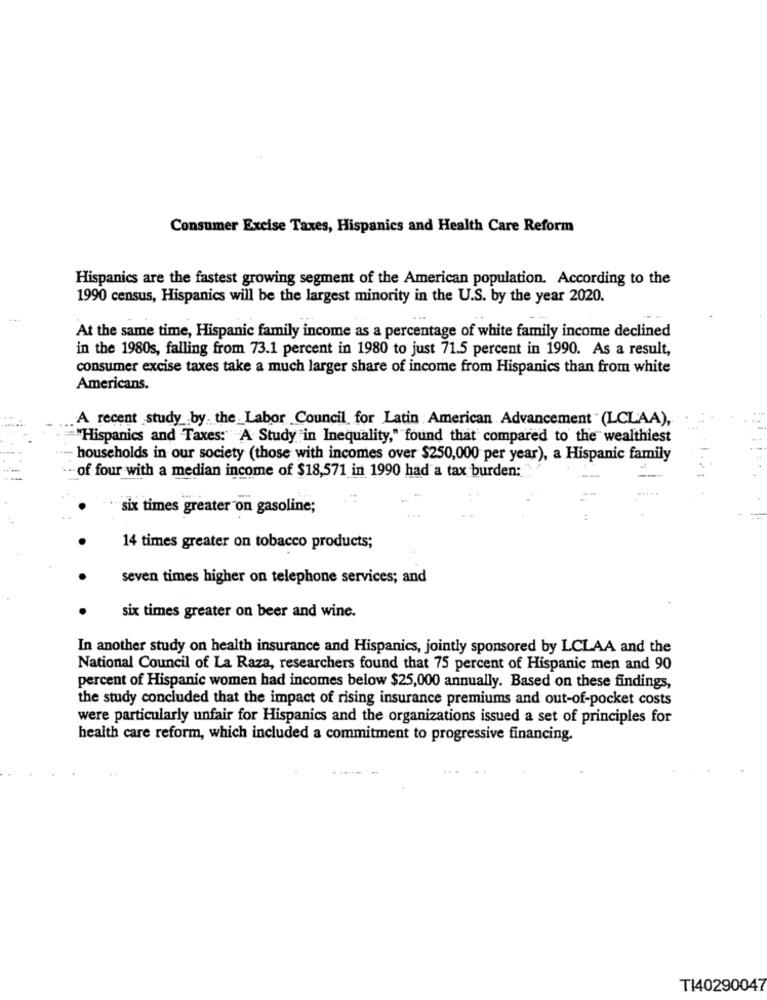
Consumer Excise Taxes, Hispanics and Health Care Reform
Hispanics are the fastest growing segment of the American population. According to the
1990 census, Hispanics will be the largest minority in the U.S. by the year 2020.
At the same time, Hispanic family income as a percentage of white family income declined
in the 1980s, falling from 73.1 percent in 1980 to just 71.5 percent in 1990. As a result,
consumer excise taxes take a much larger share of income from Hispanics than from white
Americans.
. A recent study .by the . Labor Council for Latin American Advancement "(LCLAA),
-"Hispanics and Taxes:"A Study in Inequality," found that compared to the wealthiest
households in our society (those with incomes over $250,000 per year), a Hispanic family
of four with a median income of $18,571 in 1990 had a tax burden:
six times greater on gasoline;
14 times greater on tobacco products;
seven times higher on telephone services; and
six times greater on beer and wine.
In another study on health insurance and Hispanics, jointly sponsored by LCLAA and the
National Council of La Raza, researchers found that 75 percent of Hispanic men and 90
percent of Hispanic women had incomes below $25,000 annually. Based on these findings,
the study concluded that the impact of rising insurance premiums and out-of-pocket costs
were particularly unfair for Hispanics and the organizations issued a set of principles for
health care reform, which included a commitment to progressive financing.
TI40290047